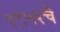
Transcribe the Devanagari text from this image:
१९५६चे